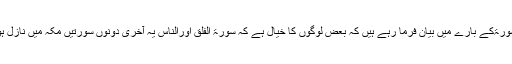
آپ سورۃکے بارے میں بیان فرما رہے ہیں کہ بعض لوگوں کا خیال ہے کہ سورۃ الفلق اورالناس یہ آخری دونوں سورتیں مکہ میں نازل ہوئیں۔